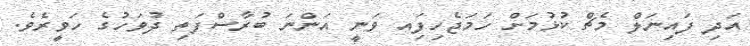
އަދި ފައިނަލް މެޗް ކުޅުމަށް ހަމަޖެހިފަިއ ވަނީ އަންނަ ބުރާސްފަތި ދުވަހުގެ ހަވީރެވެ.